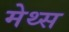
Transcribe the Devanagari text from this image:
मेथ्स